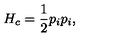
H _ { c } = { \frac { 1 } { 2 } } p _ { i } p _ { i } ,